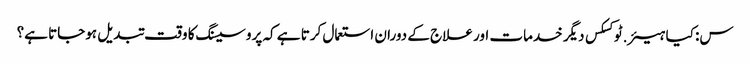
س: کیا ہیئر.ٹوکسکس دیگر خدمات اور علاج کے دوران استعمال کرتا ہے کہ پروسیسنگ کا وقت تبدیل ہوجاتا ہے؟